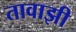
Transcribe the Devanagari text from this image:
तावाझी